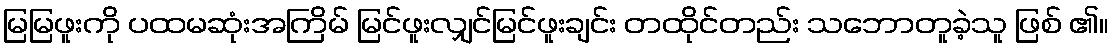
မြမြဖူးကို ပထမဆုံးအကြိမ် မြင်ဖူးလျှင်မြင်ဖူးချင်း တထိုင်တည်း သဘောတူခဲ့သူ ဖြစ် ၏။